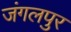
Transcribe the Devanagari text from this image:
जंगलपुर